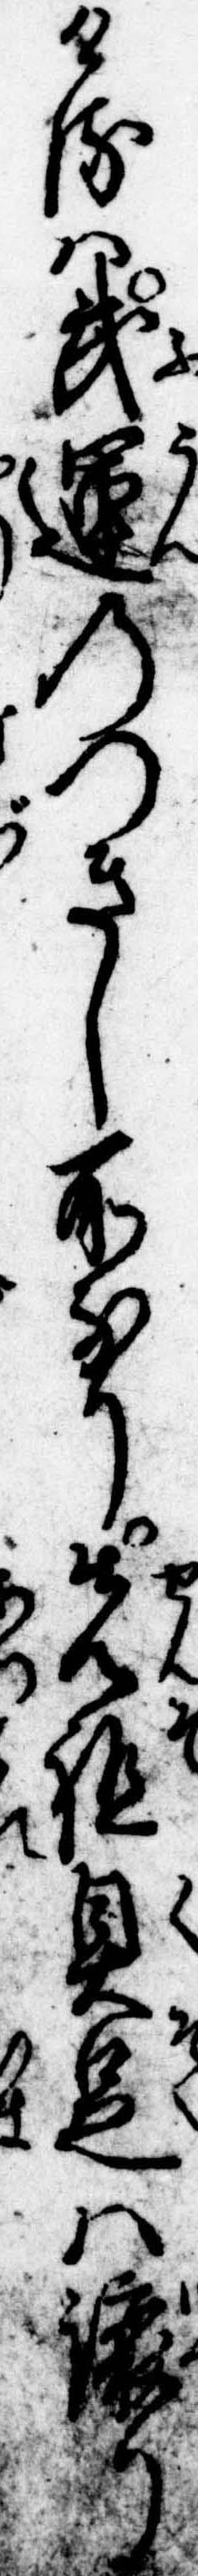
けるは武運のつきし所なり先祖具足は譲り